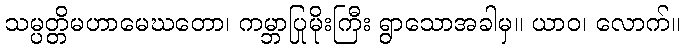
သမ္ပတ္တိမဟာမေဃတော၊ ကမ္ဘာပြုမိုးကြီး ရွာသောအခါမှ။ ယာဝ၊ လောက်။